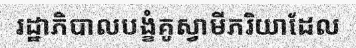
រដ្ឋាភិបាលបង្ខំគូស្វាមីភរិយាដែល